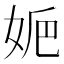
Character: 㛂